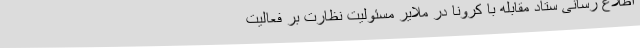
اطلاع رسانی ستاد مقابله با کرونا در ملایر مسئولیت نظارت بر فعالیت